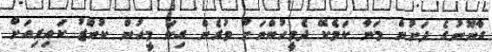
ގާނޫނުގެ ދަށުން މަނާ ކަމެކޭ ދެމީހުންނަށް ވުރެން ގިނަ މީހުން ކުނޫޒު ކައިރިއަށް